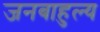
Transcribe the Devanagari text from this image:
जनबाहुल्य